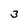
Character: 3